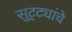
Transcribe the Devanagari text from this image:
सुट्ट्यांचे